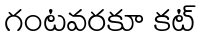
గంటవరకూ కట్